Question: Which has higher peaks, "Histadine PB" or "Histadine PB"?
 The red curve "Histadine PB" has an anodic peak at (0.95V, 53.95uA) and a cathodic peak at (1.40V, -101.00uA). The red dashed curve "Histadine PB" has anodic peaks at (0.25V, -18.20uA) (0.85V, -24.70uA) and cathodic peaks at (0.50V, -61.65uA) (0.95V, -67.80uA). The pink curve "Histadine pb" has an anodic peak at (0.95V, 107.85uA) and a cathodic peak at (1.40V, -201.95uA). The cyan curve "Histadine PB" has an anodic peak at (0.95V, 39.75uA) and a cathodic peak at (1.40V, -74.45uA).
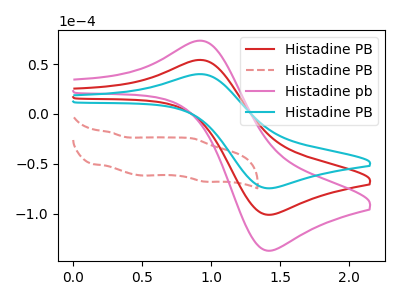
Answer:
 <answer>Every peak in "Histadine PB" is lower than every peak in "Histadine PB".</answer>
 <eval>lower</eval>